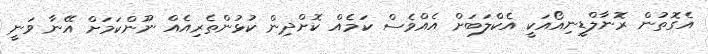
އެގޮތުން ރޮނާލްޑީނިއޯއަކީ އެކްލަބަށް އެއްވެސް ކަމެއް ކޮށްދިން ކުޅުންތެރިއެއް ނޫންކަމަށް އޭނާ ވަނީ